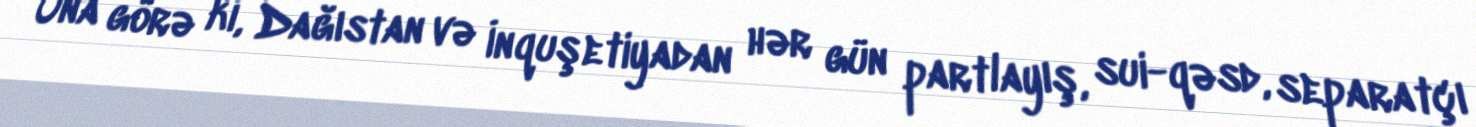
Ona görə ki, Dağıstan və İnquşetiyadan hər gün partlayış, sui-qəsd, separatçı